Report of the Indian Hemp Drugs Commission, 1894-1895 - Volume V
Year: 1894
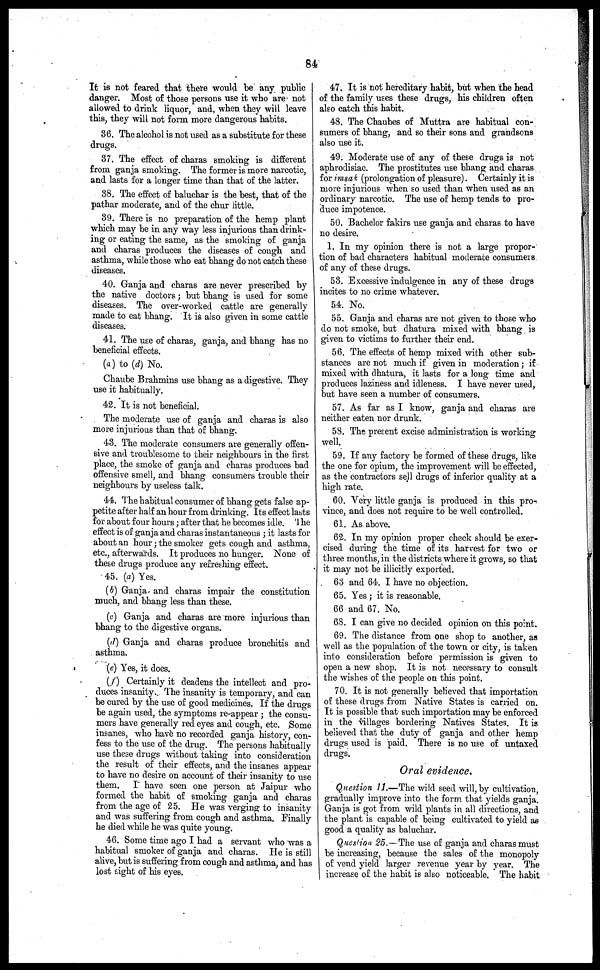
84
It is not feared that there would be any public
danger. Most of those persons use it who are not
allowed to drink liquor, and, when they will leave
this, they will not form more dangerous habits.
36. The alcohol is not used as a substitute for these
drugs.
37. The effect of charas smoking is different
from ganja smoking. The former is more narcotic,
and lasts for a longer time than that of the latter.
38. The effect of baluchar is the best, that of the
pathar moderate, and of the chur little.
39. There is no preparation of the hemp plant
which may be in any way less injurious than drink-
ing or eating the same, as the smoking of ganja
and charas produces the diseases of cough and
asthma, while those who eat bhang do not catch these
diseases.
40. Ganja and charas are never prescribed by
the native doctors; but bhang is used for some
diseases. The over-worked cattle are generally
made to eat bhang. It is also given in some cattle
diseases.
41. The use of charas, ganja, and bhang has no
beneficial effects.
(a) to (d) No.
Chaube Brahmins use bhang as a digestive. They
use it habitually.
42. It is not beneficial.
The moderate use of ganja and charas is also
more injurious than that of bhang.
43. The moderate consumers are generally offen-
sive and troublesome to their neighbours in the first
place, the smoke of ganja and charas produces bad
offensive smell, and bhang consumers trouble their
neighbours by useless talk.
44. The habitual consumer of bhang gets false ap-
petite after half an hour from drinking. Its effect lasts
for about four hours; after that he becomes idle. The
effect is of ganja and charas instantaneous ; it lasts for
about an hour; the smoker gets cough and asthma,
etc., afterwards. It produces no hunger. None of
these drugs produce any refreshing effect.
45. (a) Yes.
(b) Ganja and charas impair the constitution
much, and bhang less than these.
(c) Ganja and charas are more injurious than
bhang to the digestive organs.
(d) Ganja and charas produce bronchitis and
asthma.
(e) Yes, it does.
(f) Certainly it deadens the intellect and pro-
duces insanity. The insanity is temporary, and can
be cured by the use of good medicines. If the drugs
be again used, the symptoms re-appear ; the consu-
mers have generally red eyes and cough, etc. Some
insanes, who have no recorded ganja history, con-
fess to the use of the drug. The persons habitually
use these drugs without taking into consideration
the result of their effects, and the insanes appear
to have no desire on account of their insanity to use
them. I have seen one person at Jaipur who
formed the habit of smoking ganja and charas
from the age of 25. He was verging to insanity
and was suffering from cough and asthma. Finally
he died while he was quite young.
46. Some time ago I had a servant who was a
habitual smoker of ganja and charas. He is still
alive, but is suffering from cough and asthma, and has
lost sight of his eyes.
47. It is not hereditary habit, but when the head
of the family uses these drugs, his children often
also catch this habit.
48. The Chaubes of Muttra are habitual con-
sumers of bhang, and so their sons and grandsons
also use it.
49. Moderate use of any of these drugs is not
aphrodisiac. The prostitutes use bhang and charas
for imsak (prolongation of pleasure). Certainly it is
more injurious when so used than when used as an
ordinary narcotic. The use of hemp tends to pro-
duce impotence.
50. Bachelor fakirs use ganja and charas to have
no desire.
1. In my opinion there is not a large propor-
tion of bad characters habitual moderate consumers
of any of these drugs.
53. Excessive indulgence in any of these drugs
incites to no crime whatever.
54. No.
55. Ganja and charas are not given to those who
do not smoke, but dhatura mixed with bhang is
given to victims to further their end.
56. The effects of hemp mixed with other sub-
stances are not much if given in moderation; if
mixed with dhatura, it lasts for a long time and
produces laziness and idleness. I have never used,
but have seen a number of consumers.
57. As far as I know, ganja and charas are
neither eaten nor drunk.
58. The present excise administration is working
well.
59. If any factory be formed of these drugs, like
the one for opium, the improvement will be effected,
as the contractors sell drugs of inferior quality at a
high rate.
60. Very little ganja is produced in this pro-
vince, and does not require to be well controlled.
61. As above.
62. In my opinion proper check should be exer-
cised during the time of its harvest for two or
three months, in the districts where it grows, so that
it may not be illicitly exported.
63 and 64. I have no objection.
65. Yes; it is reasonable.
66 and 67. No.
68. I can give no decided opinion on this point.
69. The distance from one shop to another, as
well as the population of the town or city, is taken
into consideration before permission is given to
open a new shop. It is not necessary to consult
the wishes of the people on this point.
70. It is not generally believed that importation
of these drugs from Native States is carried on.
It is possible that such importation may be enforced
in the villages bordering Natives States. It is
believed that the duty of ganja and other hemp
drugs used is paid. There is no use of untaxed
drugs.
Oral evidence.
Question 11.—The wild seed will, by cultivation,
gradually improve into the form that yields ganja.
Ganja is got from wild plants in all directions, and
the plant is capable of being cultivated to yield as
good a quality as baluchar.
Question 25.—The use of ganja and charas must
be increasing, because the sales of the monopoly
of vend yield larger revenue year by year. The
increase of the habit is also noticeable. The habit